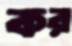
কর